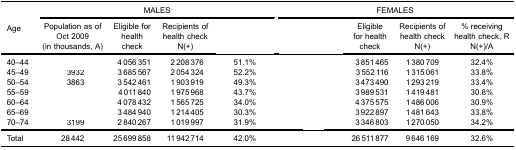
<table><thead><tr><td rowspan="3"><b>Age</b></td><td colspan="4"><b>MALES</b></td><td colspan="4"><b>FEMALES</b></td></tr><tr><td><b>Population as ofOct 2009(in thousands, A)</b></td><td><b>Eligible forhealthcheck</b></td><td><b>Recipients ofhealth checkN(+)</b></td><td>[EMPTY_CELL]</td><td>[EMPTY_CELL]</td><td><b>Eligiblefor healthcheck</b></td><td><b>Recipients ofhealth checkN(+)</b></td><td><b>% receivinghealth check, RN(+)/A</b></td></tr></thead><tbody><tr><td>40–44</td><td>[EMPTY_CELL]</td><td>4 056 351</td><td>2 208 376</td><td>51.1%</td><td>[EMPTY_CELL]</td><td>3 851 465</td><td>1 380 709</td><td>32.4%</td></tr><tr><td>45–49</td><td>3932</td><td>3 685 567</td><td>2 054 324</td><td>52.2%</td><td>[EMPTY_CELL]</td><td>3 552 116</td><td>1 315 061</td><td>33.8%</td></tr><tr><td>50–54</td><td>3863</td><td>3 542 461</td><td>1 903 919</td><td>49.3%</td><td>[EMPTY_CELL]</td><td>3 473 490</td><td>1 293 219</td><td>33.4%</td></tr><tr><td>55–59</td><td>[EMPTY_CELL]</td><td>4 011 840</td><td>1 975 968</td><td>43.7%</td><td>[EMPTY_CELL]</td><td>3 989 531</td><td>1 419 481</td><td>30.8%</td></tr><tr><td>60–64</td><td>[EMPTY_CELL]</td><td>4 078 432</td><td>1 565 725</td><td>34.0%</td><td>[EMPTY_CELL]</td><td>4 375 575</td><td>1 486 006</td><td>30.9%</td></tr><tr><td>65–69</td><td>[EMPTY_CELL]</td><td>3 484 940</td><td>1 214 405</td><td>30.3%</td><td>[EMPTY_CELL]</td><td>3 922 897</td><td>1 481 643</td><td>33.8%</td></tr><tr><td>70–74</td><td>3199</td><td>2 840 267</td><td>1 019 997</td><td>31.9%</td><td>[EMPTY_CELL]</td><td>3 346 803</td><td>1 270 050</td><td>34.2%</td></tr><tr><td>Total</td><td>28 442</td><td>25 699 858</td><td>11 942 714</td><td>42.0%</td><td>[EMPTY_CELL]</td><td>26 511 877</td><td>9 646 169</td><td>32.6%</td></tr></tbody></table>